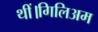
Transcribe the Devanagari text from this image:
थीं।गिलिअम